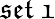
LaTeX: \mathfrak{set\ 1}